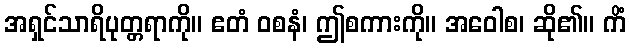
အရှင်သာရိပုတ္တရာကို။ ဧတံ ဝစနံ၊ ဤစကားကို။ အဝေါစ၊ ဆို၏။ ကိံ